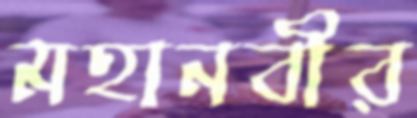
মহানবীর